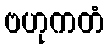
ဗဟုကတံ